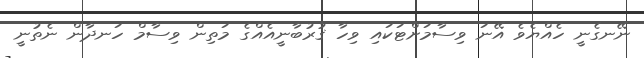
ނޭނގެނީ ހެއްޔެވެ އޭނަ ވިސާމަށްޓަކައި ވިހާ ޤުރުބާނީއެއްގެ މަތިން ވިސާމް ހަނދާން ނެތުނީ